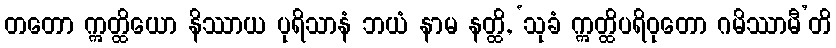
တတော ဣတ္ထိယော နိဿာယ ပုရိသာနံ ဘယံ နာမ နတ္ထိ, ‘သုခံ ဣတ္ထိပရိဝုတော ဂမိဿာမီ’တိ